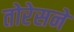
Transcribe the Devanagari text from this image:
तोरेसने